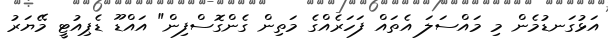
އަޅުގަނޑުމެން މި މައްސަލަ އެތައް ފަހަރެއްގެ މަތިން ގެންގޮސްފިން" އައްޑޫ ޑެޕިއުޓީ މޭޔަރު